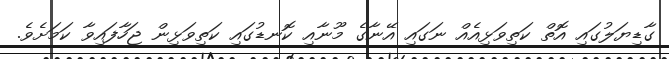
ގާޑިޔަލުގައި އޮތް ކަތިވަޅިއެއް ނަގައި އޭނާގެ މޫނާއި ކޮނޑުގައި ކަތިވަޅިން ޖަހާފައިވާ ކަމަށެވެ.